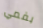
بفمي